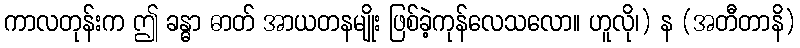
ကာလတုန်းက ဤ ခန္ဓာ ဓာတ် အာယတနမျိုး ဖြစ်ခဲ့ကုန်လေသလော။ ဟူလို၊) န (အတီတာနိ)